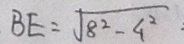
B E = \sqrt { 8 ^ { 2 } - 4 ^ { 2 } }